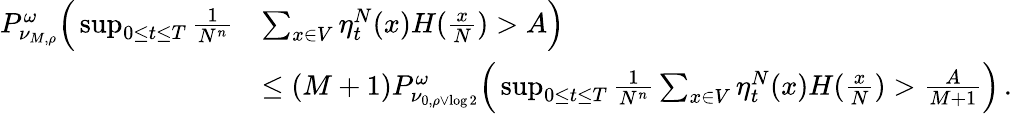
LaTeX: \begin{array}{rl}{P_{\nu_{M,\rho}}^{\omega}\Big(\operatorname*{sup}_{0\leq t\leq T}\frac{1}{N^{n}}}&{\sum_{x\in V}\eta_{t}^{N}(x)H(\frac xN)>A\Big)}\\ &{\leq(M+1)P_{\nu_{0,\rho\vee\log 2}}^{\omega}\Big(\operatorname*{sup}_{0\leq t\leq T}\frac{1}{N^{n}}\sum_{x\in V}\eta_{t}^{N}(x)H(\frac xN)>\frac{A}{M+1}\Big)\, .}\end{array}